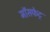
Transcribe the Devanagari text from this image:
मॉसफेट्